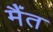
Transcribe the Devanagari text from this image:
मैंत